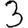
Digit: 3